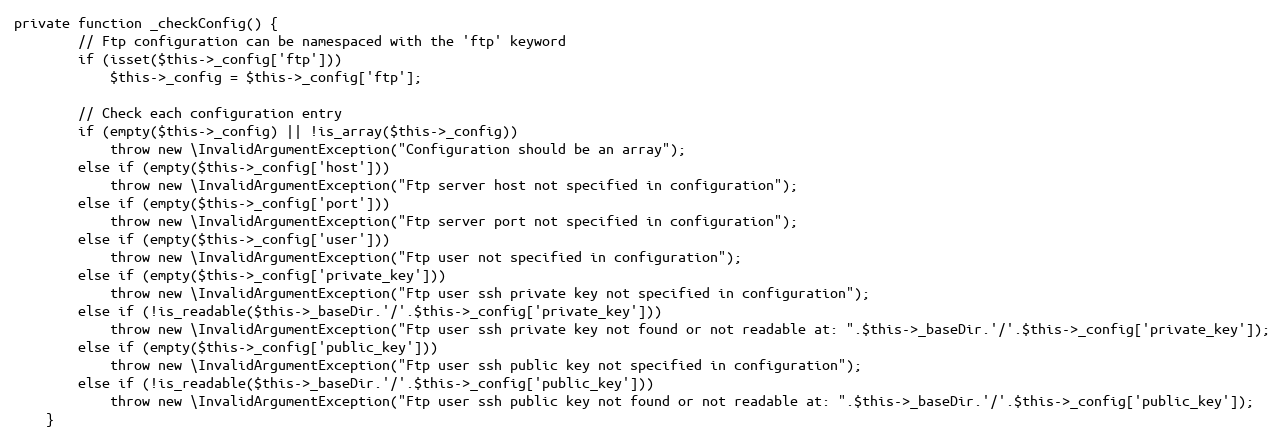
Language: PHP
private function _checkConfig() {
        // Ftp configuration can be namespaced with the 'ftp' keyword
        if (isset($this->_config['ftp']))
            $this->_config = $this->_config['ftp'];

        // Check each configuration entry
        if (empty($this->_config) || !is_array($this->_config))
            throw new \InvalidArgumentException("Configuration should be an array");
        else if (empty($this->_config['host']))
            throw new \InvalidArgumentException("Ftp server host not specified in configuration");
        else if (empty($this->_config['port']))
            throw new \InvalidArgumentException("Ftp server port not specified in configuration");
        else if (empty($this->_config['user']))
            throw new \InvalidArgumentException("Ftp user not specified in configuration");
        else if (empty($this->_config['private_key']))
            throw new \InvalidArgumentException("Ftp user ssh private key not specified in configuration");
        else if (!is_readable($this->_baseDir.'/'.$this->_config['private_key']))
            throw new \InvalidArgumentException("Ftp user ssh private key not found or not readable at: ".$this->_baseDir.'/'.$this->_config['private_key']);
        else if (empty($this->_config['public_key']))
            throw new \InvalidArgumentException("Ftp user ssh public key not specified in configuration");
        else if (!is_readable($this->_baseDir.'/'.$this->_config['public_key']))
            throw new \InvalidArgumentException("Ftp user ssh public key not found or not readable at: ".$this->_baseDir.'/'.$this->_config['public_key']);
    }